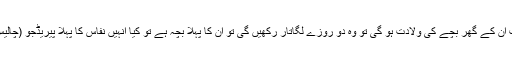
ایک اسلامی بہن نے منت مانگی تھی کہ جب ان کے گھر بچے کی ولادت ہو گی تو وہ دو روزے لگاتار رکھیں گی تو ان کا پہلا بچہ ہے تو کیا انہیں نفاس کا پہلا پیریڈجو (چالیس دن)کا وتا ہے اس کے بعد رکھنے چاہیئں؟